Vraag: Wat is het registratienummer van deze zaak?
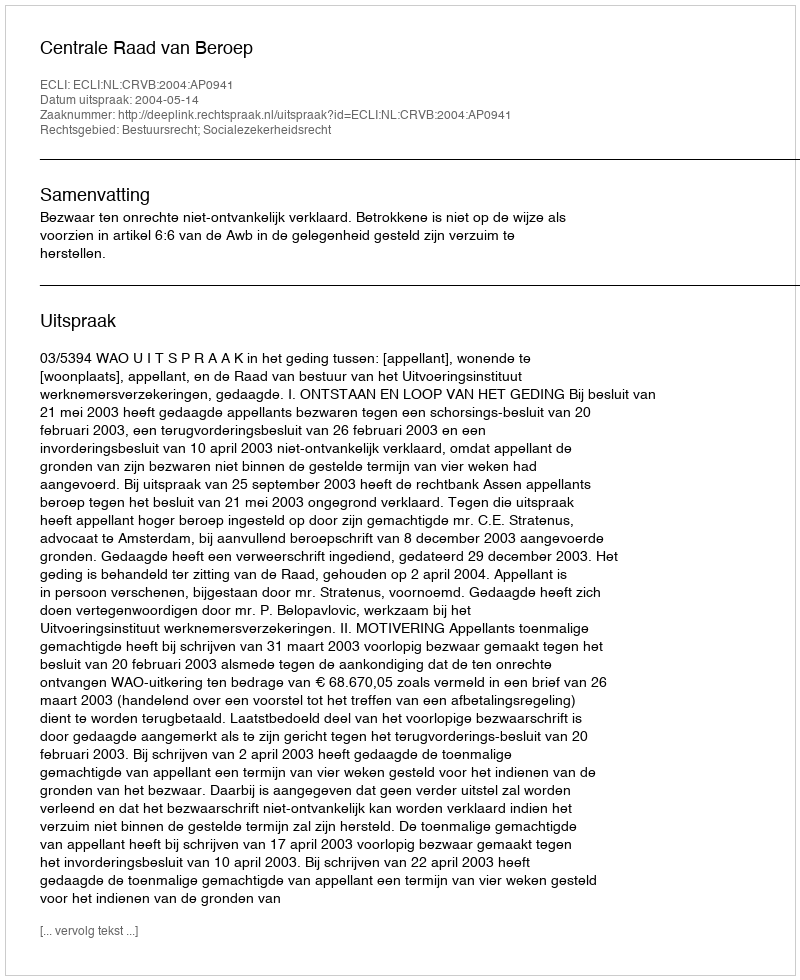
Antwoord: http://deeplink.rechtspraak.nl/uitspraak?id=ECLI:NL:CRVB:2004:AP0941